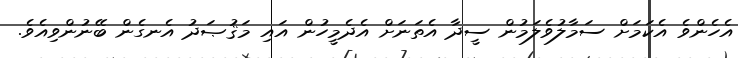
އެހެންވެ އެކަމަށް ސަމާލުވެލަމުން ސީދާ އެތަނަށް އެދެމީހުން އައި މަޤުޞަދު އެނގެން ބޭނުންވިއެވެ.